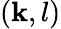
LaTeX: (\mathbf{k},l)